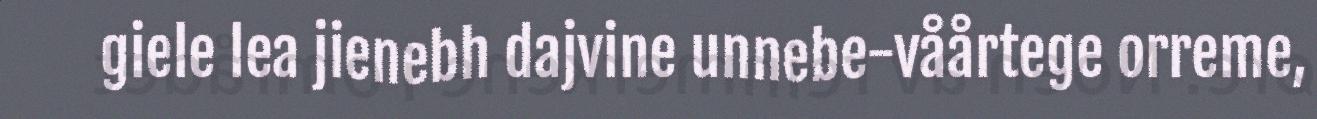
giele lea jienebh dajvine unnebe-våårtege orreme,